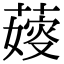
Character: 𦺋